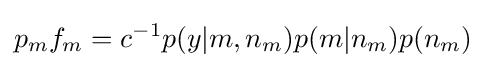
p_{m}f_{m}=c^{-1}p(y|m,n_{m})p(m|n_{m})p(n_{m})